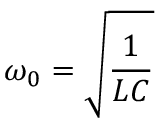
\omega _ { 0 } = { \sqrt { \frac { 1 } { L C } } }